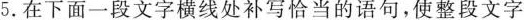
5.在下面一段文字横线处补写恰当的语句，使整段文字